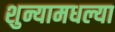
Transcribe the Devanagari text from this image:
शुन्यामधल्या